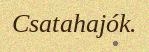
Csatahajók.